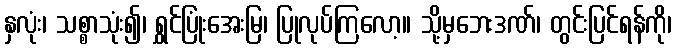
နှလုံး၊ သစ္စာသုံး၍၊ ရွှင်ပြုံးအေးမြ၊ ပြုလုပ်ကြလော့။ သို့မှဘေးဒဏ်၊ တွင်းပြင်ရန်ကို၊